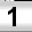
Digit: 1